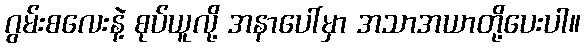
ဂွမ်းစလေးနဲ့ စုပ်ယူလို့ အနာပေါ်မှာ အသာအယာတို့ပေးပါ။